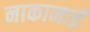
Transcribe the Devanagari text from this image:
नाकानाई